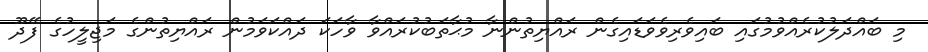
މި ބައްދަލުކުރެއްވުމުގައި ބައިވެރިވެވަޑައިގެން ރައްޔިތުންނާ މުޙާތަބުކުރައްވާ ވާހަކަ ދައްކަވަމުން ރައްޔިތުންގެ މަޖިލީހުގެ ފޭދޫ